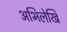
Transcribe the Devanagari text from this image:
अभिलेखि